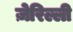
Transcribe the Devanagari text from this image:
ज़ेरिल्ली